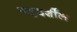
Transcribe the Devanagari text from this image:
यहदर्शील